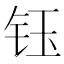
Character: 钰